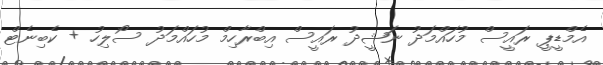
އެމްޑީޕީ ރައީސް މުހައްމަދު ނަޝީދު ރައީސް އިބްރާހިމް މުހައްމަދު ސޯލިހު + ކެބިނެޓް